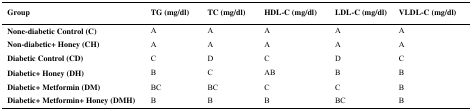
| Group | TG (mg/dl) | TC (mg/dl) | HDL-C (mg/dl) | LDL-C (mg/dl) | VLDL-C (mg/dl) |
 | --- | --- | --- | --- | --- | --- |
 | None-diabetic Control (C) | A | A | A | A | A |
 | Non-diabetic+ Honey (CH) | A | A | A | A | A |
 | Diabetic Control (CD) | C | D | C | D | C |
 | Diabetic+ Honey (DH) | B | C | AB | B | B |
 | Diabetic+ Metformin (DM) | BC | BC | C | C | B |
 | Diabetic+ Metformin+ Honey (DMH) | B | B | B | BC | B |